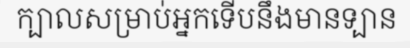
ក្បាលសម្រាប់អ្នកទើបនឹងមានទ្បាន